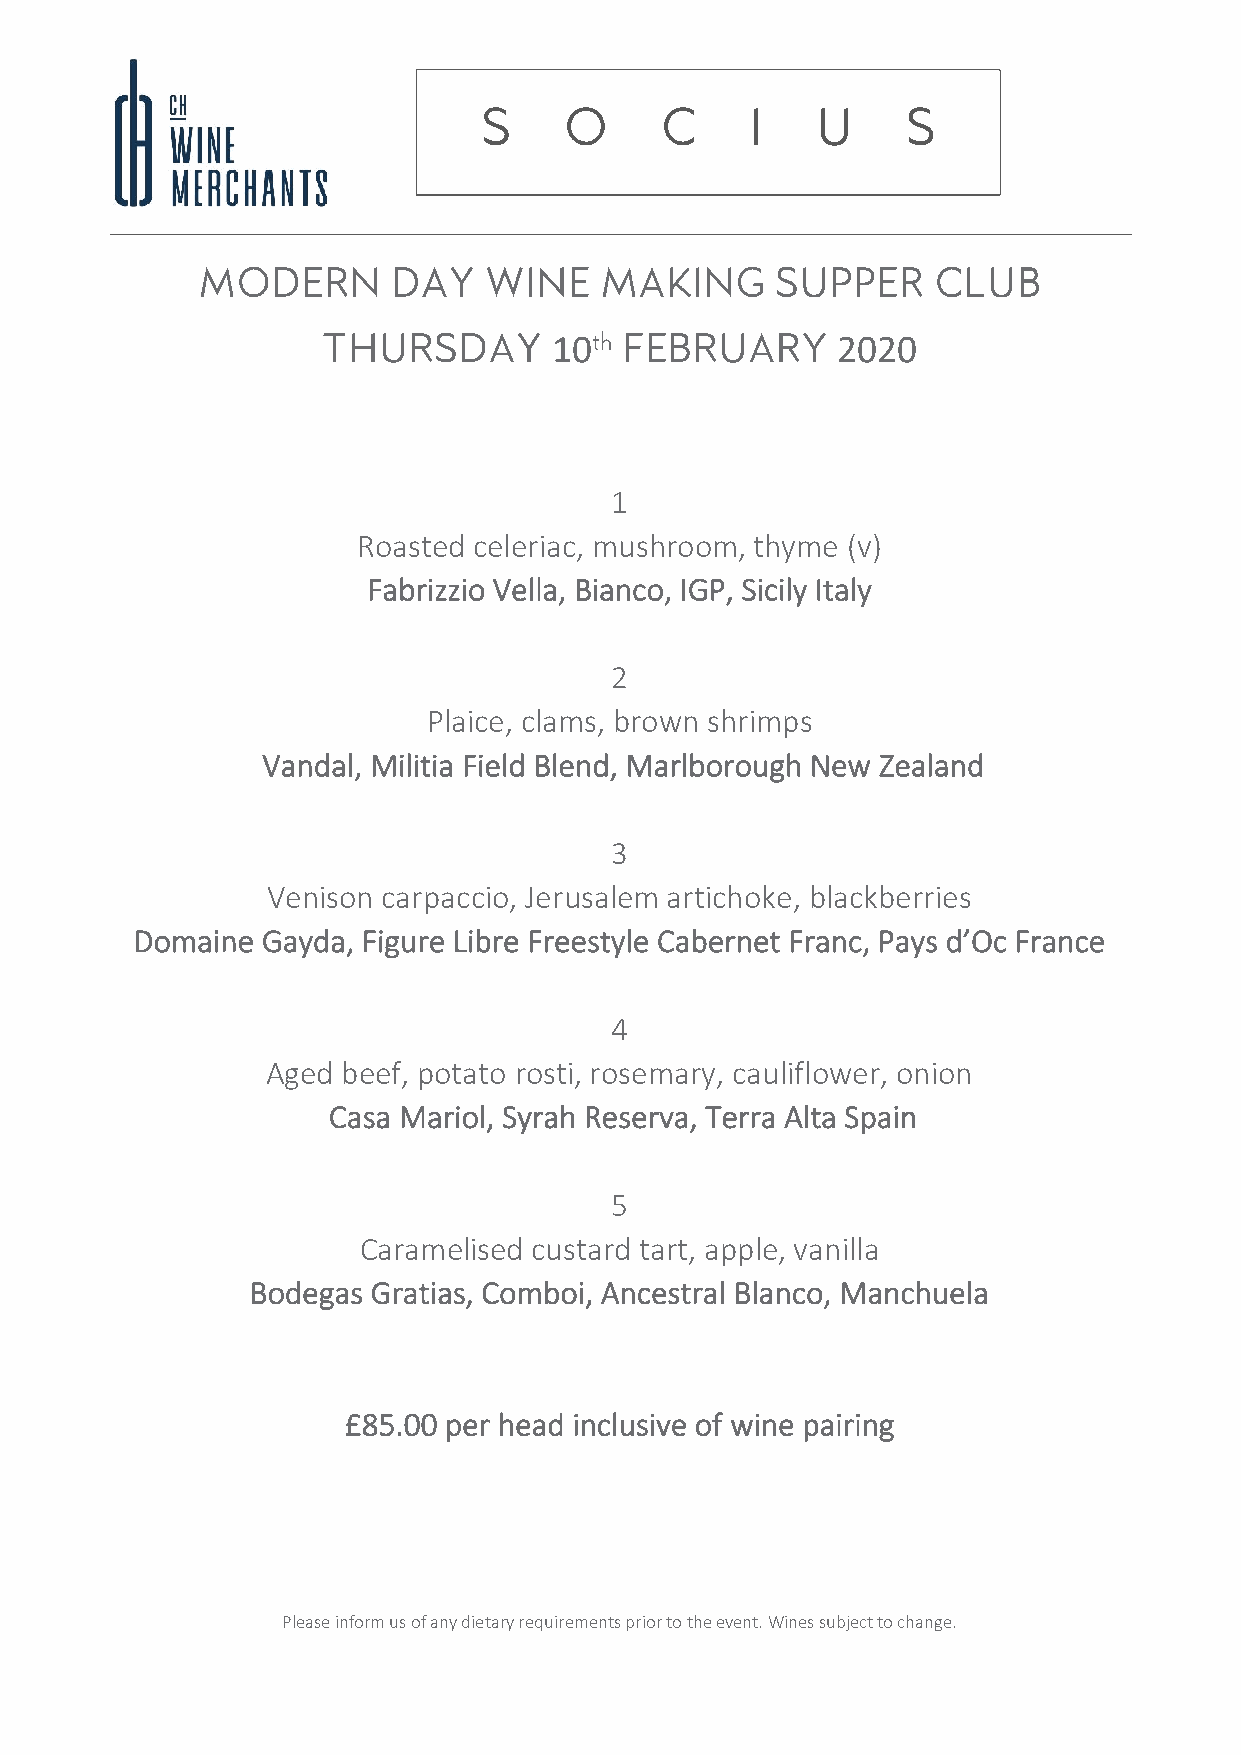
10                2020
 1
 Roasted celeriac, mushroom, thyme (v)
 Fabrizzio Vella, Bianco, IGP, Sicily Italy
 2
 Plaice, clams, brown shrimps
 Vandal, Militia Field Blend, Marlborough New Zealand
 3
 Venison carpaccio, Jerusalem artichoke, blackberries
 Domaine Gayda, Figure Libre Freestyle Cabernet Franc, Pays d’Oc France
 4
 Aged beef, potato rosti, rosemary, cauliflower, onion
 Casa Mariol, Syrah Reserva, Terra Alta Spain
 5
 Caramelised custard tart, apple, vanilla
 Bodegas Gratias, Comboi, Ancestral Blanco, Manchuela
 £85.00 per head inclusive of wine pairing
 Please inform us of any dietary requirements prior to the event. Wines subject to change.